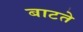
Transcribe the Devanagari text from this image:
बाटते